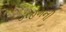
ડરહમની